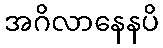
အဂိလာနေနပိ